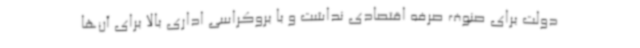
دولت برای صنوف صرفه اقتصادی نداشت و با بروکراسی اداری بالا برای آن‌ها